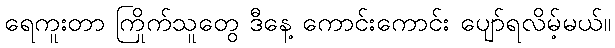
ရေကူးတာ ကြိုက်သူတွေ ဒီနေ့ ကောင်းကောင်း ပျော်ရလိမ့်မယ်။